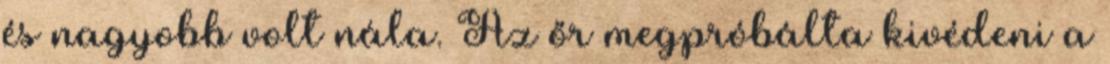
és nagyobb volt nála. Az őr megpróbálta kivédeni a